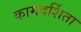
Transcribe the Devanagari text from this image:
कामदर्शिता